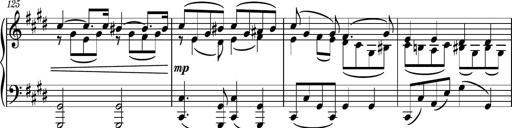
Title: Piano Sonatina No.6
Composer: Dimitri Sykias
Key: A major